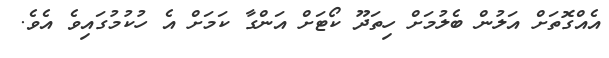
އެއްގޮތަށް އަލުން ބެލުމަށް ހިތަދޫ ކޯޓަށް އަންގާ ކަމަށް އެ ހުކުމުގައިވެ އެވެ.